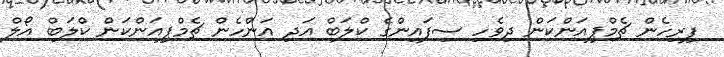
ފިރިހެން ޗެމްޕިއަންކަން ދިވެހި ސިފައިންގެ ކްލަބް އަދި އަންހެން ޗެމްޕިއަންކަން ކްލަބް އޯލް